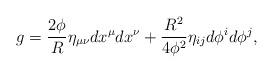
LaTeX: \begin{align*}g=\frac{2\phi}{R} \eta_{\mu\nu} dx^\mu dx^\nu+\frac{R^2}{4\phi^2}\eta_{ij} d\phi^i d\phi^j,\end{align*}